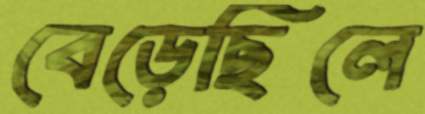
বেড়েছিলে